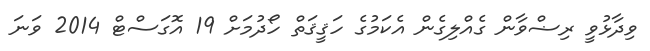
ވިދާޅުވީ ރިޟްވާން ގެއްލިގެން އެކަމުގެ ހަޤީޤަތް ހޯދުމަށް 19 އޮގަސްޓް 2014 ވަނަ